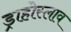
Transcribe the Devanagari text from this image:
ड्राहोस्लाव